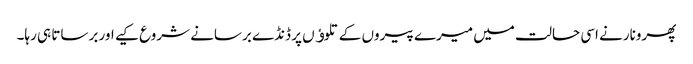
پھرونارنے اسی حالت میں میرے پیروں کے تلوﺅں پر ڈنڈے برسانے شروع کیے اور برساتا ہی رہا۔